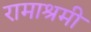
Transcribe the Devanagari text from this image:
रामाश्रमी